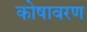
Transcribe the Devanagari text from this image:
कोषावरण